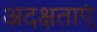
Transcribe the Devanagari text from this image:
अदक्षताएं